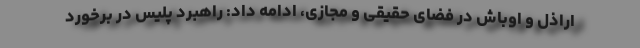
اراذل و اوباش در فضای حقیقی و مجازی، ادامه داد: راهبرد پلیس در برخورد